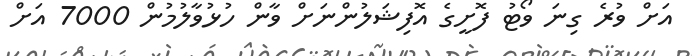
އަށް ވުރެ ގިނަ ވޯޓު ފޮށީގެ އޮފިޝަލުންނަށް ވާން ހުޅުވާލުމުން 7000 އަށް